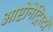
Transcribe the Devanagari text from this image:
आप्टोनेट्रिस्टों